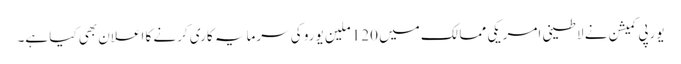
یورپی کمیشن نے لاطینی امریکی ممالک میں 120 ملین یورو کی سرمایہ کاری کرنے کا اعلان بھی کیا ہے۔